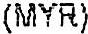
(MYR)